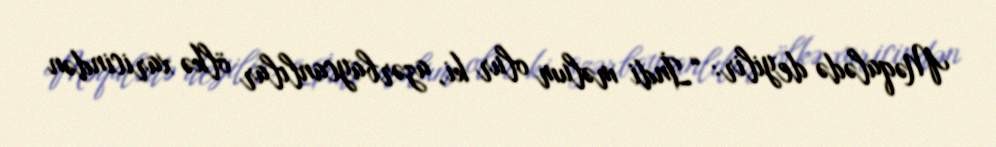
Məqalədə deyilir: “İndi məlum olur ki, azərbaycanlılar ölkə xaricindən